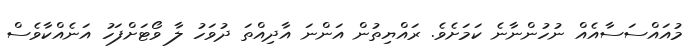
މުއައްސަސާއެއް ނުހުންނާނެ ކަމަށެވެ. ރައްޔިތުން އަންނަ އާދިއްތަ ދުވަހު ލާ ވޯޓަށްފަހު އަނެއްކާވެސް